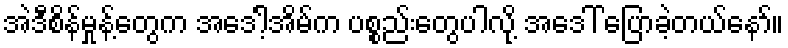
အဲဒီစိန်မှုန့်တွေက အဒေါ့်အိမ်က ပစ္စည်းတွေပါလို့ အဒေါ် ပြောခဲ့တယ်နော်။